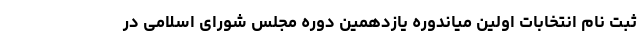
ثبت نام انتخابات اولین میاندوره یازدهمین دوره مجلس شورای اسلامی در